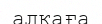
алқаға